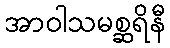
အာဝါသမစ္ဆရိနီ